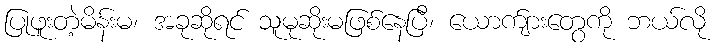
ပြုဖူးတဲ့မိန်းမ၊ အခုဆိုရင် သူမုဆိုးမဖြစ်နေပြီ၊ ယောက်ျားတွေကို ဘယ်လို